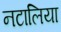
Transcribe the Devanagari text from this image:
नटालिया